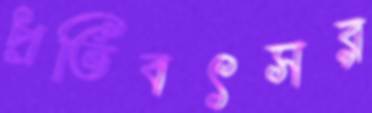
প্রতিবৎসর